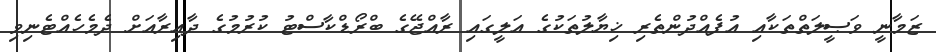
ޒަމާނީ ވަޞީލަތްތަކާއި އުފެއްދުންތެރި ޚިޔާލުތަކުގެ އަލީގައި ރާއްޖޭގެ ބްރޯޑްކާސްޓު ކުރުމުގެ ދާއިރާއަށް ދެމެހެއްޓެނިވި